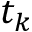
t _ { k }